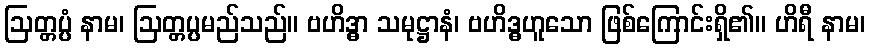
ဩတ္တပ္ပံ နာမ၊ ဩတ္တပ္ပမည်သည်။ ဗဟိဒ္ဓာ သမုဋ္ဌာနံ၊ ဗဟိဒ္ဓဟူသော ဖြစ်ကြောင်းရှိ၏။ ဟိရီ နာမ၊